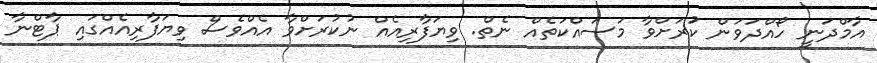
އާމްދަނީ ހޯއްދަވަން ކުަރަށްވާ މަސައްކަތެއް ނެތް. ވިޔަފާރިއެއް ނުކުރަށްވާ އެއްވެސް ވިޔަފާރިއެއްގައި ޕާޓްނާ